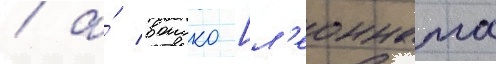
/ а́ воиско [л'еонната